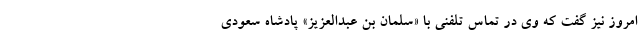
امروز نیز گفت که وی در تماس تلفنی با «سلمان بن عبدالعزیز» پادشاه سعودی